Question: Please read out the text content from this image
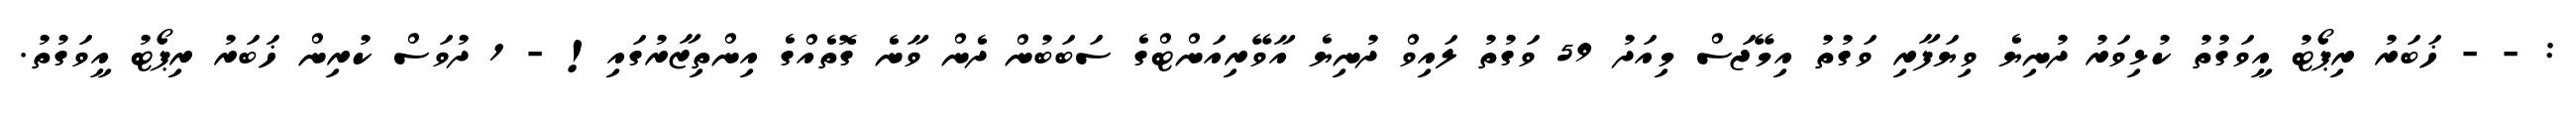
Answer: : - - ޚަބަރު ރިޕޯޓު އީވަގުތު ކުޅިވަރު ދުނިޔެ ވިޔަފާރި ވަގުތު އިމޭޖަސް މިއަދު 59 ވަގުތު ލައިވް ދުނިޔެ އާވޭރިއަންޓްގެ ސަބަބުން ދެން ވާނެ ގޮތެއްގެ އިންތިޒާރުގައި! - 1 ދުވަސް ކުރިން ޚަބަރު ރިޕޯޓު އީވަގުތު.